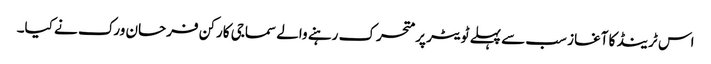
اس ٹرینڈ کا آغاز سب سے پہلے ٹویٹر پر متحرک رہنے والے سماجی کارکن فرحان ورک نے کیا۔